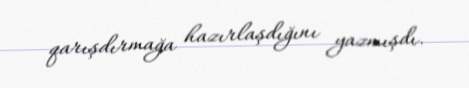
qarışdırmağa hazırlaşdığını yazmışdı.